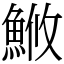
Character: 䱔